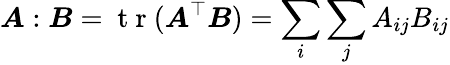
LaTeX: \boldsymbol{A}:\boldsymbol{B}=\mathrm{~t~r~}(\boldsymbol{A}^{\top}\boldsymbol{B})=\sum_{i}\sum_{j}A_{ij}B_{ij}